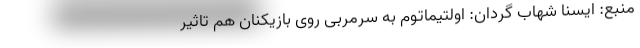
منبع: ایسنا شهاب گردان: اولتیماتوم به سرمربی روی بازیکنان هم تاثیر